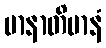
မာနာတိမာနံ